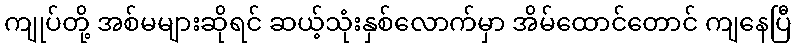
ကျုပ်တို့ အစ်မများဆိုရင် ဆယ့်သုံးနှစ်လောက်မှာ အိမ်ထောင်တောင် ကျနေပြီ